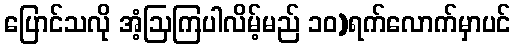
ပြောင်သလို အံ့ဩကြပါလိမ့်မည် ၁၀)ရက်လောက်မှာပင်